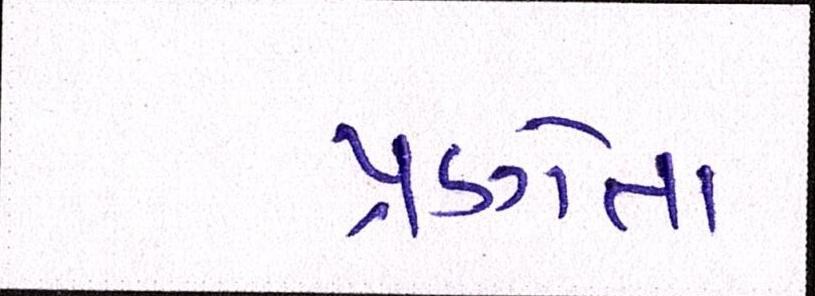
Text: પ્રણેતા